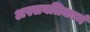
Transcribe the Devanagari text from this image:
अस्सवतिकानं